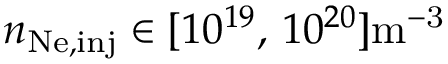
n _ { \mathrm { N e , i n j } } \in [ 1 0 ^ { 1 9 } , \, 1 0 ^ { 2 0 } ] \mathrm { m ^ { - 3 } }